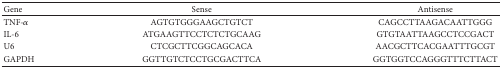
<table><thead><tr><td><b>Gene</b></td><td><b>Sense</b></td><td><b>Antisense</b></td></tr></thead><tbody><tr><td>TNF-<i>α</i></td><td>AGTGTGGGAAGCTGTCT</td><td>CAGCCTTAAGACAATTGGG</td></tr><tr><td>IL-6</td><td>ATGAAGTTCCTCTCTGCAAG</td><td>GTGTAATTAAGCCTCCGACT</td></tr><tr><td>U6</td><td>CTCGCTTCGGCAGCACA</td><td>AACGCTTCACGAATTTGCGT</td></tr><tr><td>GAPDH</td><td>GGTTGTCTCCTGCGACTTCA</td><td>GGTGGTCCAGGGTTTCTTACT</td></tr></tbody></table>